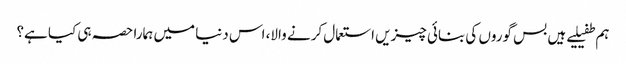
ہم طفیلیے ہیں بس گوروں کی بنائی چیزیں استعمال کرنے والا، اس دنیا میں ہمارا حصہ ہی کیا ہے؟